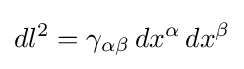
dl^{2}=\gamma _{\alpha \beta }\,dx^{\alpha }\,dx^{\beta }